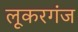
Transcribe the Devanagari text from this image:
लूकरगंज